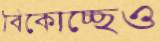
বিকোচ্ছেও